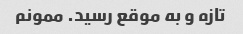
تازه و به موقع رسید. ممونم